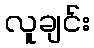
လူချင်း